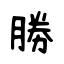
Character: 勝